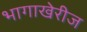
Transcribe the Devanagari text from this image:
भागाखेरीज